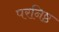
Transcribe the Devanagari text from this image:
परनिष्ठ